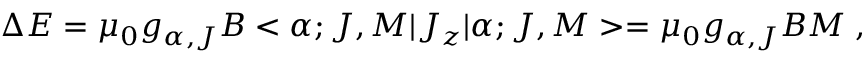
\Delta E = \mu _ { 0 } g _ { \alpha , J } B < \alpha ; J , M | J _ { z } | \alpha ; J , M > = \mu _ { 0 } g _ { \alpha , J } B M \; ,